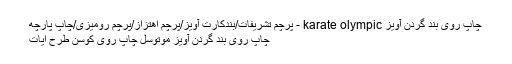
چاپ روی بند گردن آویز karate olympic - پرچم تشریفات/بندکارت آویز/پرچم اهتزاز/پرچم رومیزی/چاپ پارچه
چاپ روی بند گردن آویز موتوسل چاپ روی کوسن طرح ایات